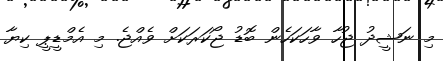
މި ނަޝީދު ޖުހާ ވާހަކަހެން ބޮޑު ޖޯކަރަކަށް ވެއްޖެ. މި އެމްޑީޕީ ކިޔާ